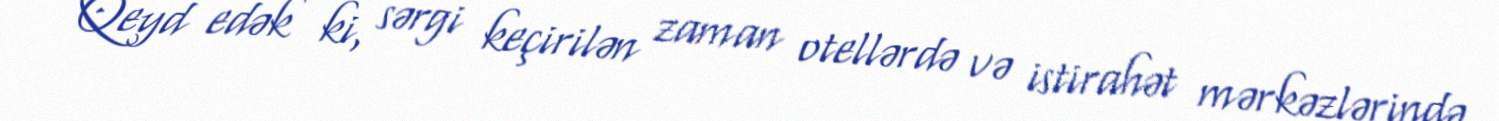
Qeyd edək ki, sərgi keçirilən zaman otellərdə və istirahət mərkəzlərində